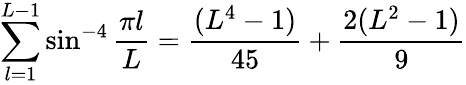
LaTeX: \sum_{l=1}^{L-1}\sin^{-4}{\frac{\pi l}{L}}={\frac{(L^{4}-1)}{45}}+{\frac{2(L^{2}-1)}{9}}